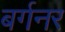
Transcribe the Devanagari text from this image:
बर्गनर